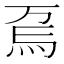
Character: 𱪽